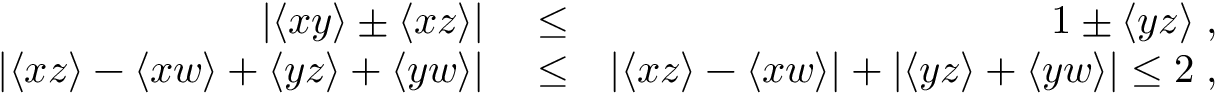
\begin{array} { r l r } { | \langle x y \rangle \pm \langle x z \rangle | } & { { } \le } & { 1 \pm \langle y z \rangle \; , } \\ { | \langle x z \rangle - \langle x w \rangle + \langle y z \rangle + \langle y w \rangle | } & { { } \le } & { | \langle x z \rangle - \langle x w \rangle | + | \langle y z \rangle + \langle y w \rangle | \le 2 \; , } \end{array}